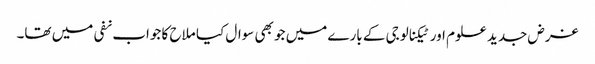
غرض جدید علوم اور ٹیکنالوجی کے بارے میں جو بھی سوال کیا ملاح کا جواب نفی میں تھا۔